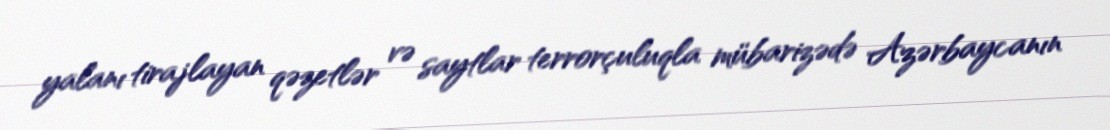
yalanı tirajlayan qəzetlər və saytlar terrorçuluqla mübarizədə Azərbaycanın